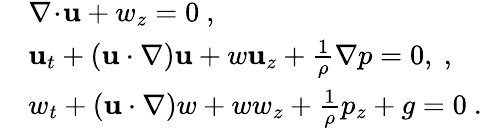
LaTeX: \begin{array}{rl}&{\nabla\! \cdot\! \mathbf{u}+w_{z}=0\ ,}\\ &{\mathbf{u}_{t}+(\mathbf{u}\cdot\nabla)\mathbf{u}+w\mathbf{u}_{z}+\frac{1}{\rho}\nabla p=0,\ ,}\\ &{w_{t}+(\mathbf{u}\cdot\nabla)w+ww_{z}+\frac{1}{\rho}p_{z}+g=0\ .}\end{array}